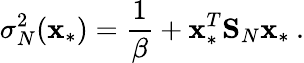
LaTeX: \sigma_{N}^{2}(\textbf{x}_{*})=\frac{1}{\beta}+\textbf{x}_{*}^{T}\textbf{S}_{N}\textbf{x}_{*}\: .